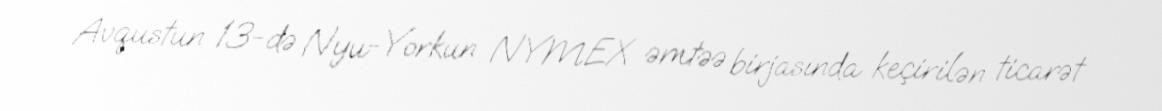
Avqustun 13-də Nyu-Yorkun NYMEX əmtəə birjasında keçirilən ticarət